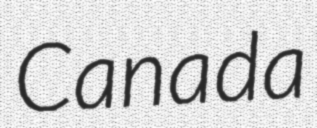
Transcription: Canada